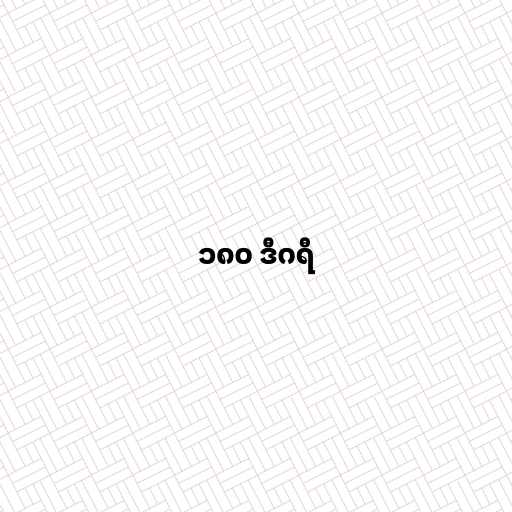
၁၈၀ ဒီဂရီ